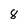
Character: 8